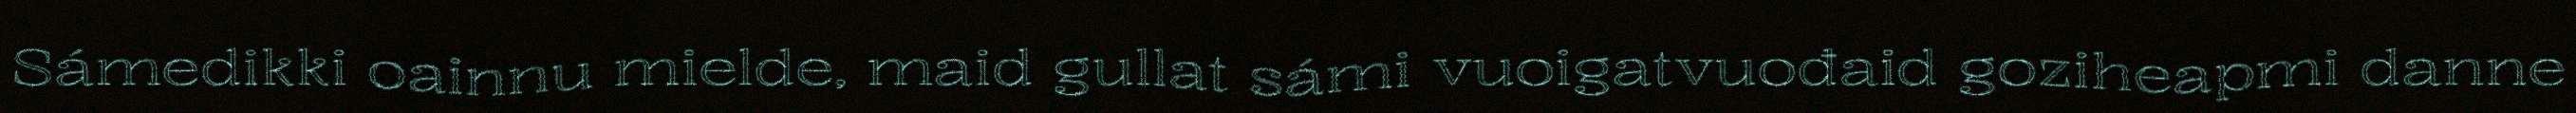
Sámedikki oainnu mielde, maid gullat sámi vuoigatvuođaid goziheapmi danne